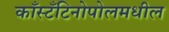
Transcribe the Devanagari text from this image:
काँस्टँटिनोपोलमधील